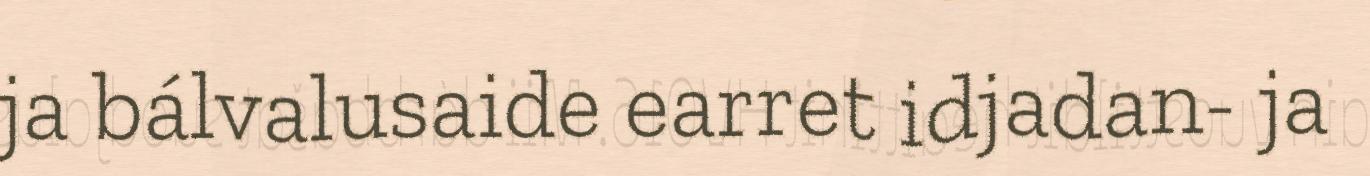
ja bálvalusaide earret idjadan- ja